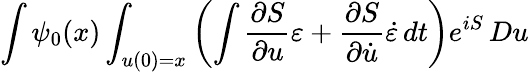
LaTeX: \int\psi_{0}(x)\int_{u(0)=x}\left(\int{\frac{\partial S}{\partial u}}\varepsilon+{\frac{\partial S}{\partial{\dot{u}}}}{\dot{\varepsilon}}\, dt\right)e^{iS}\, Du